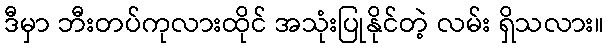
ဒီမှာ ဘီးတပ်ကုလားထိုင် အသုံးပြုနိုင်တဲ့ လမ်း ရှိသလား။